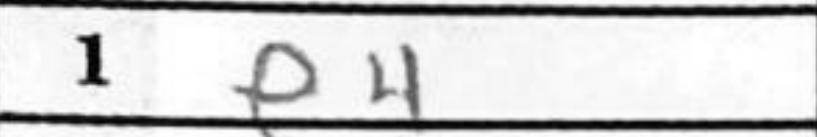
Transcription: e4